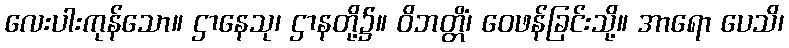
လေးပါးကုန်သော။ ဌာနေသု၊ ဌာနတို့၌။ ဝိဘတ္တိံ၊ ဝေဖန်ခြင်းသို့။ အာရော ပေသိ၊